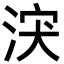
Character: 涋